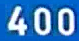
400